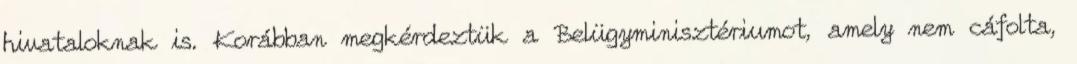
hivataloknak is. Korábban megkérdeztük a Belügyminisztériumot, amely nem cáfolta,